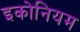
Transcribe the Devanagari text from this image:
इकोनियम